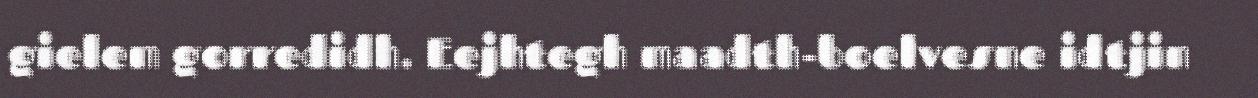
gielem gorredidh. Eejhtegh maadth-boelvesne idtjin